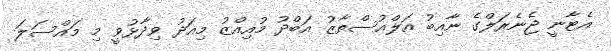
އެޓާނީ ޖެނެރަލްގެ ނާއިބު އަލްއުސްތާޒު އަބްދު މުއިއްޒު މިއަދު ވިދާޅުވީ މި މައްސަލަ